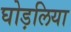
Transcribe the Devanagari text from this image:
घोड़लिया